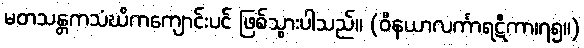
မတသန္တကသံဃိကကျောင်းပင် ဖြစ်သွားပါသည်။ (ဝိနယာလင်္ကာရဋီကာ၊၇၅။)